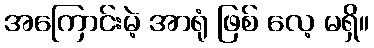
အကြောင်းမဲ့ အာရုံ ဖြစ် လေ့ မရှိ။